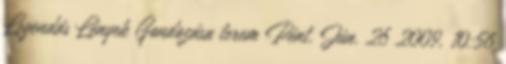
Legendás Lények Gondozása terem Pént. Jún. 26 2009, 10:56